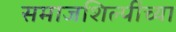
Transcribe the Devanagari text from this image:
समाजशिल्पींच्या